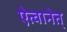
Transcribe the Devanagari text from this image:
ऐत्वानेत्